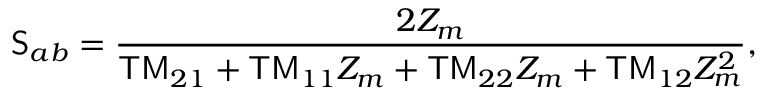
\mathsf { S } _ { a b } = \frac { 2 Z _ { m } } { \mathsf { T M } _ { 2 1 } + \mathsf { T M } _ { 1 1 } Z _ { m } + \mathsf { T M } _ { 2 2 } Z _ { m } + \mathsf { T M } _ { 1 2 } Z _ { m } ^ { 2 } } ,